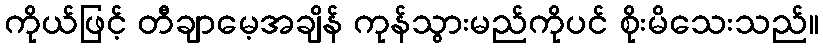
ကိုယ်ဖြင့် တီချာမေ့အချိန် ကုန်သွားမည်ကိုပင် စိုးမိသေးသည်။